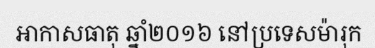
អាកាសធាតុ ឆ្នាំ២០១៦ នៅប្រទេសម៉ារុក